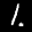
Label: 1